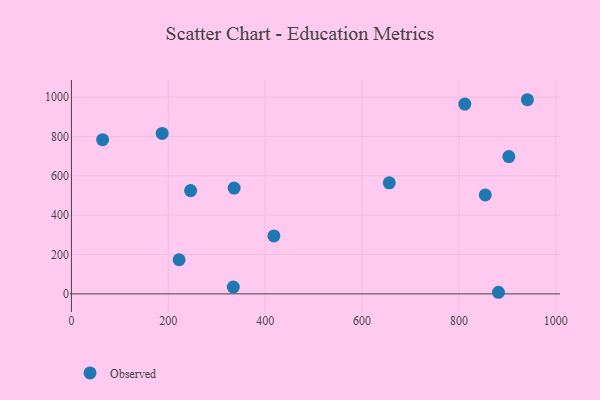
{"axis": {"x": "Experience", "y": "Sales"}, "legend": ["Observed"], "data": [{"x": "854.4", "y": 502.5, "type": "Observed"}, {"x": "812.2", "y": 964.4, "type": "Observed"}, {"x": "335.9", "y": 537.5, "type": "Observed"}, {"x": "187.3", "y": 815.0, "type": "Observed"}, {"x": "903.1", "y": 697.6, "type": "Observed"}, {"x": "334.2", "y": 34.5, "type": "Observed"}, {"x": "418.0", "y": 294.5, "type": "Observed"}, {"x": "64.4", "y": 783.5, "type": "Observed"}, {"x": "656.2", "y": 564.1, "type": "Observed"}, {"x": "222.3", "y": 173.3, "type": "Observed"}, {"x": "881.6", "y": 8.1, "type": "Observed"}, {"x": "941.3", "y": 986.4, "type": "Observed"}, {"x": "246.0", "y": 524.9, "type": "Observed"}]}